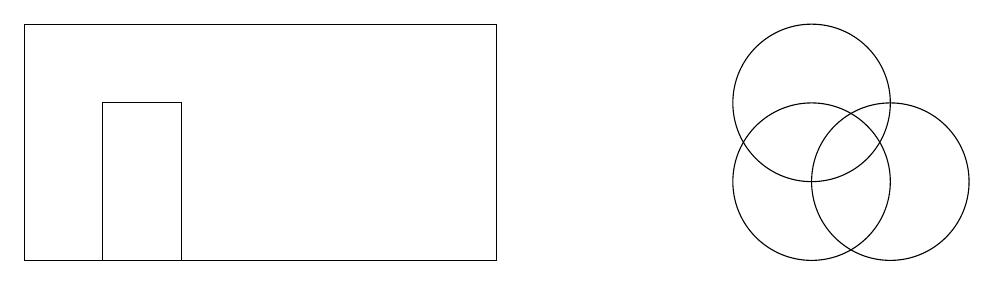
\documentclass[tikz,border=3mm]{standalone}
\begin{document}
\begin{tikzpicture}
\draw (6,13) rectangle (0,10);
\draw (11,11) circle (1);
\draw (10,12) circle (1);
\draw (2,12) rectangle (1,10);
\draw (10,11) circle (1);
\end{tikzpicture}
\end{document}